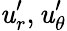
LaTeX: \mathit{u}_{r}^{\prime},\mathit{u}_{\theta}^{\prime}